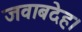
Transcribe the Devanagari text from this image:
जवाबदेह।